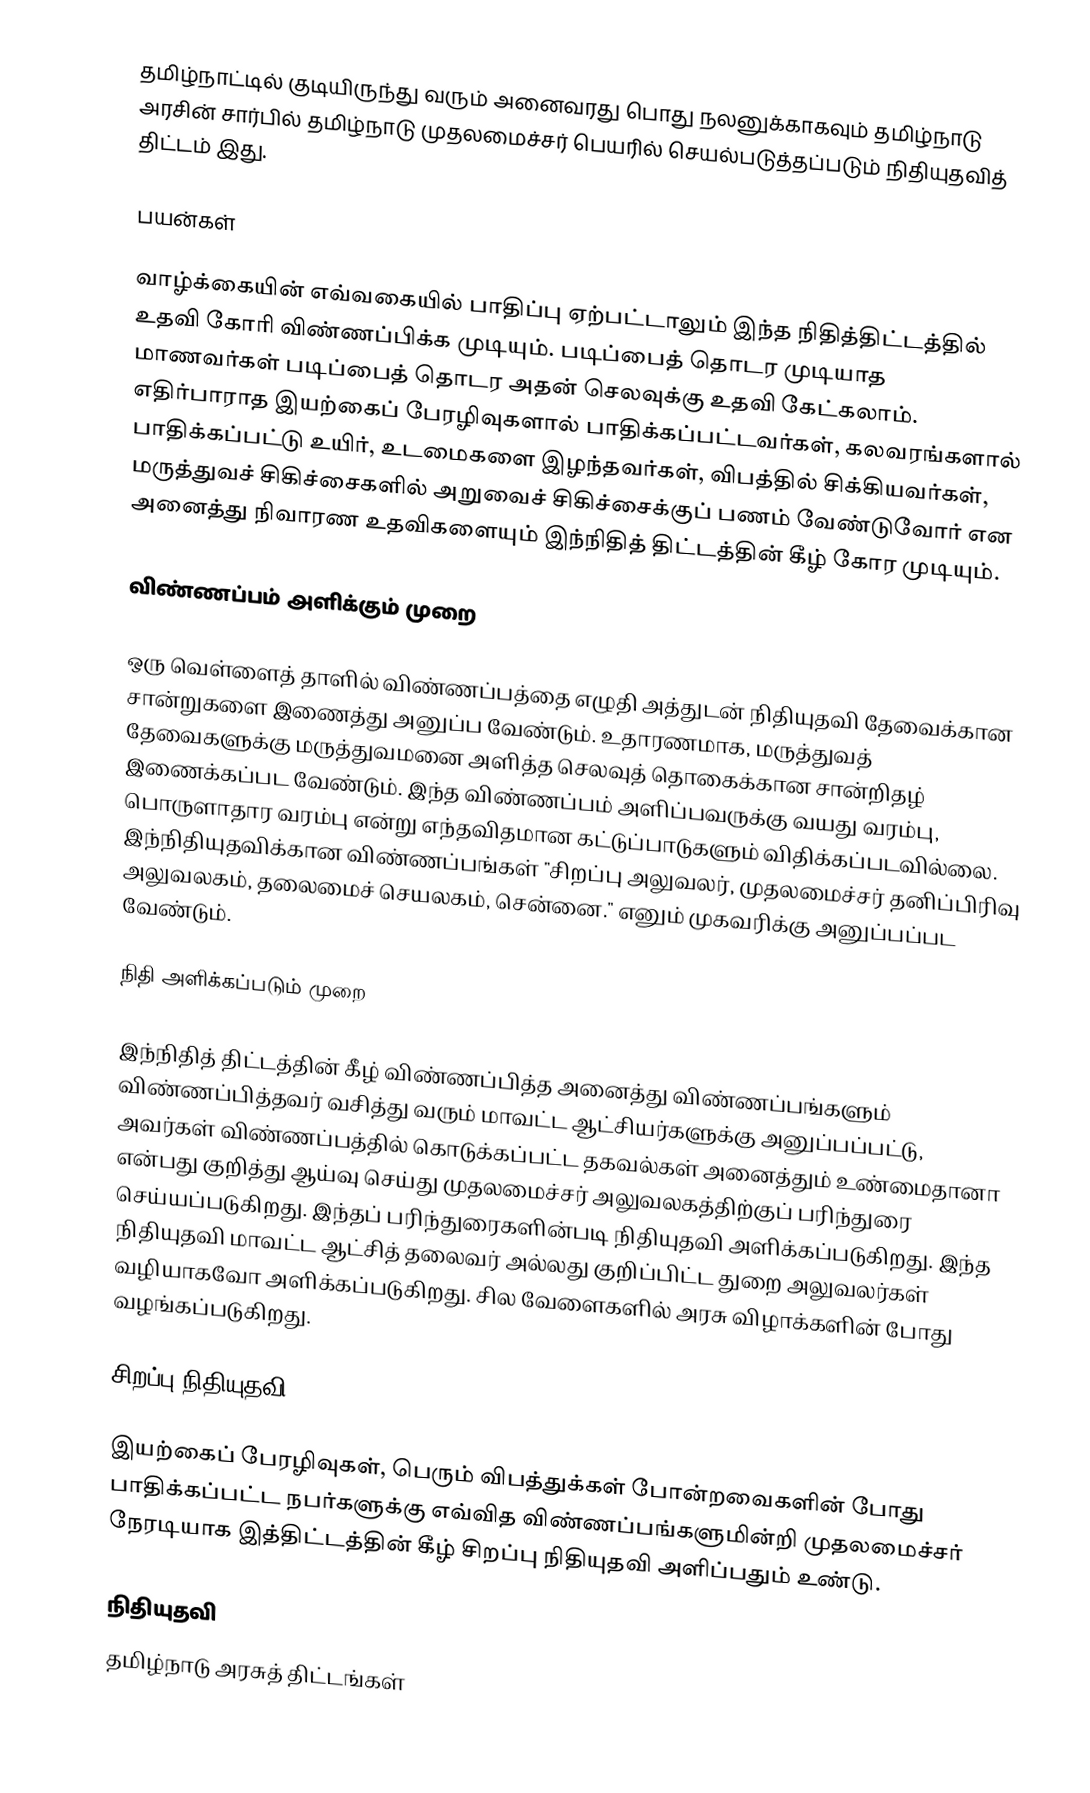
தமிழ்நாட்டில் குடியிருந்து வரும் அனைவரது பொது நலனுக்காகவும் தமிழ்நாடு அரசின் சார்பில் தமிழ்நாடு முதலமைச்சர் பெயரில் செயல்படுத்தப்படும் நிதியுதவித் திட்டம் இது.

பயன்கள்

வாழ்க்கையின் எவ்வகையில் பாதிப்பு ஏற்பட்டாலும் இந்த நிதித்திட்டத்தில் உதவி கோரி விண்ணப்பிக்க முடியும்.  படிப்பைத் தொடர முடியாத மாணவர்கள் படிப்பைத் தொடர அதன் செலவுக்கு உதவி கேட்கலாம். எதிர்பாராத இயற்கைப் பேரழிவுகளால் பாதிக்கப்பட்டவர்கள், கலவரங்களால் பாதிக்கப்பட்டு உயிர், உடமைகளை இழந்தவர்கள், விபத்தில் சிக்கியவர்கள், மருத்துவச் சிகிச்சைகளில் அறுவைச் சிகிச்சைக்குப் பணம் வேண்டுவோர் என அனைத்து நிவாரண உதவிகளையும் இந்நிதித் திட்டத்தின் கீழ் கோர முடியும்.

விண்ணப்பம் அளிக்கும் முறை

ஒரு வெள்ளைத் தாளில் விண்ணப்பத்தை எழுதி அத்துடன் நிதியுதவி தேவைக்கான சான்றுகளை இணைத்து அனுப்ப வேண்டும். உதாரணமாக, மருத்துவத் தேவைகளுக்கு மருத்துவமனை அளித்த செலவுத் தொகைக்கான சான்றிதழ் இணைக்கப்பட வேண்டும். இந்த விண்ணப்பம் அளிப்பவருக்கு வயது வரம்பு, பொருளாதார வரம்பு என்று எந்தவிதமான கட்டுப்பாடுகளும் விதிக்கப்படவில்லை. இந்நிதியுதவிக்கான விண்ணப்பங்கள் "சிறப்பு அலுவலர், முதலமைச்சர் தனிப்பிரிவு அலுவலகம், தலைமைச் செயலகம், சென்னை." எனும் முகவரிக்கு அனுப்பப்பட வேண்டும்.

நிதி அளிக்கப்படும் முறை

இந்நிதித் திட்டத்தின் கீழ் விண்ணப்பித்த அனைத்து விண்ணப்பங்களும் விண்ணப்பித்தவர் வசித்து வரும் மாவட்ட ஆட்சியர்களுக்கு அனுப்பப்பட்டு, அவர்கள் விண்ணப்பத்தில் கொடுக்கப்பட்ட தகவல்கள் அனைத்தும் உண்மைதானா என்பது குறித்து ஆய்வு செய்து முதலமைச்சர் அலுவலகத்திற்குப் பரிந்துரை செய்யப்படுகிறது. இந்தப் பரிந்துரைகளின்படி நிதியுதவி அளிக்கப்படுகிறது. இந்த நிதியுதவி மாவட்ட ஆட்சித் தலைவர் அல்லது குறிப்பிட்ட துறை அலுவலர்கள் வழியாகவோ அளிக்கப்படுகிறது. சில வேளைகளில் அரசு விழாக்களின் போது வழங்கப்படுகிறது.

சிறப்பு நிதியுதவி

இயற்கைப் பேரழிவுகள், பெரும் விபத்துக்கள் போன்றவைகளின் போது பாதிக்கப்பட்ட நபர்களுக்கு எவ்வித விண்ணப்பங்களுமின்றி முதலமைச்சர் நேரடியாக இத்திட்டத்தின் கீழ் சிறப்பு நிதியுதவி அளிப்பதும் உண்டு.

 நிதியுதவி
 தமிழ்நாடு அரசுத் திட்டங்கள்